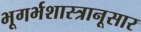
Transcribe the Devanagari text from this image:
भूगर्भशास्त्रानूसार